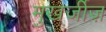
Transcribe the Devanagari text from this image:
मुखर्जीज़